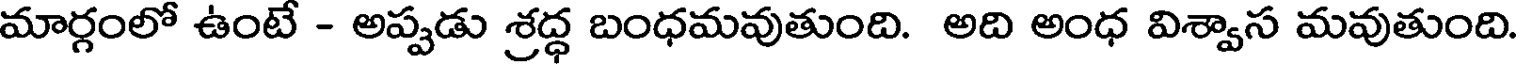
మార్గంలో ఉంటే - అప్పడు శ్రద్ధ బంధమవుతుంది. అది అంధ విశ్వాస మవుతుంది